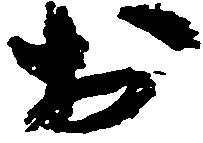
於